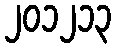
၂၀၁၂၁၃